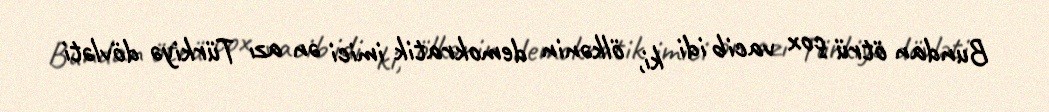
Bundan ötrü çox vacib idi ki, ölkənin demokratik imici ən azı Türkiyə dövləti